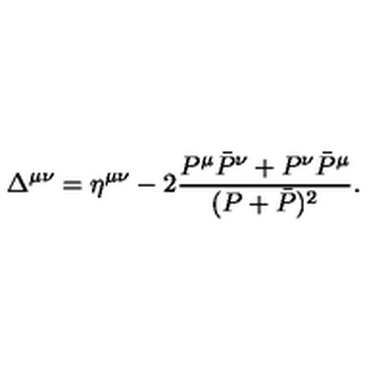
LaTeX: \Delta ^ { \mu \nu } = \eta ^ { \mu \nu } - 2 \frac { P ^ { \mu } \bar { P } ^ { \nu } + P ^ { \nu } \bar { P } ^ { \mu } } { ( P + \bar { P } ) ^ { 2 } } .